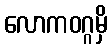
လောကဝဂ္ဂမှိ